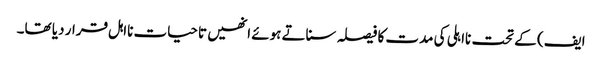
ایف) کے تحت نااہلی کی مدت کا فیصلہ سناتے ہوئے انھیں تاحیات نااہل قرار دیا تھا۔